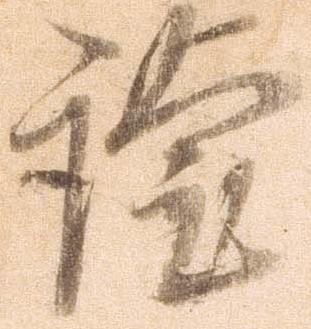
謹